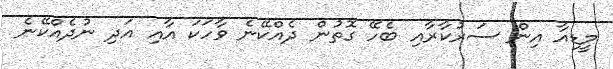
މީޑިއާ އިން ސަރުކާރާއި ބެހޭ ގޮތުން ދެއްކޭނެ ވާހަކަ އާއި އަދި ނުދެއްކޭނެ